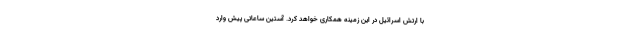
با ارتش اسرائیل در این زمینه همکاری خواهد کرد. آستین ساعاتی پیش وارد